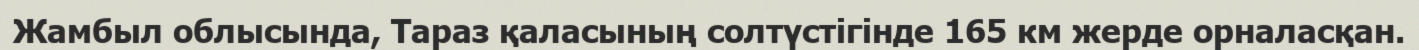
Жамбыл облысында, Тараз қаласының солтүстігінде 165 км жерде орналасқан.